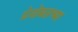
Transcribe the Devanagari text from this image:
ग्रेनोबलच्या